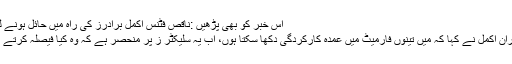
اس خبر کو بھی پڑھیں :ناقص فٹنس اکمل برادرز کی راہ میں حائل ہونے لگی
کامران اکمل نے کہا کہ میں تینوں فارمیٹ میں عمدہ کارکردگی دکھا سکتا ہوں، اب یہ سلیکٹر ز پر منحصر ہے کہ وہ کیا فیصلہ کرتے ہیں۔